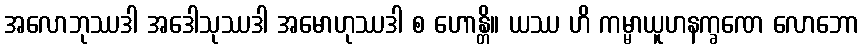
အလောဘုဿဒါ အဒေါသုဿဒါ အမောဟုဿဒါ စ ဟောန္တိ။ ယဿ ဟိ ကမ္မာယူဟနက္ခဏေ လောဘော